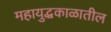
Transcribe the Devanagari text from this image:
महायुद्धकाळातील